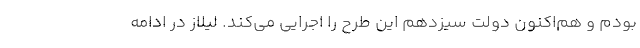
بودم و هم‌اکنون دولت سیزدهم این طرح را اجرایی می‌کند. لیلاز در ادامه